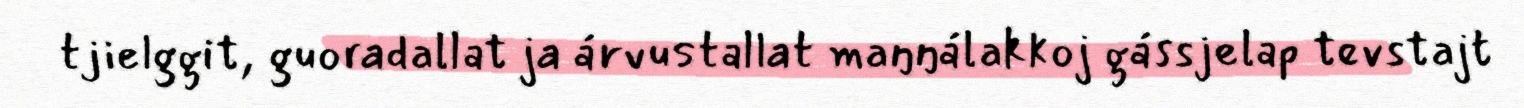
tjielggit, guoradallat ja árvustallat maŋŋálakkoj gássjelap tevstajt